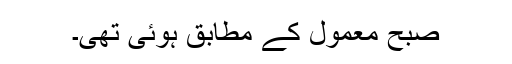
صبح معمول کے مطابق ہوئی تھی۔